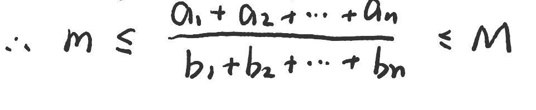
\(\therefore m \leq \frac{a_1 + a_2 + \cdots + a_n}{b_1 + b_2 + \cdots + b_n} \leq M\)